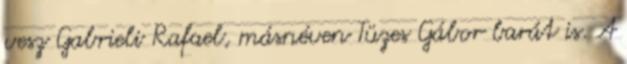
vesz Gabrieli Rafael, másnéven Tüzes Gábor barát is. A